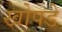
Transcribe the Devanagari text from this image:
खोपडे